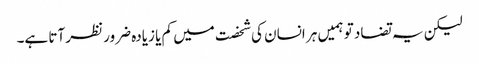
لیکن یہ تضاد تو ہمیں ہر انسان کی شخصت میں کم یا زیادہ ضرور نظر آتا ہے۔